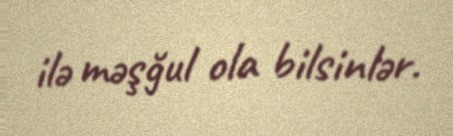
ilə məşğul ola bilsinlər.